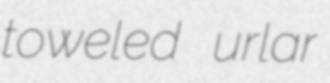
toweled urlar